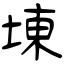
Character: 埬